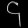
Digit: ၄